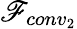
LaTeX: \mathscr{F}_{conv_{2}}